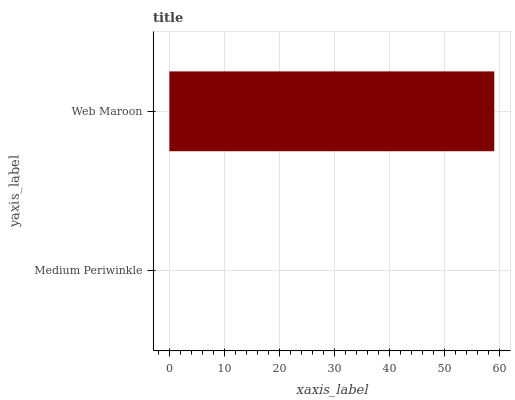
| yaxis_label | bars |
 | --- | --- |
 | Medium Periwinkle | 0 |
 | Web Maroon | 59 |